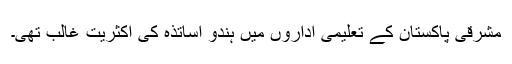
مشرقی پاکستان کے تعلیمی اداروں میں ہندو اساتذہ کی اکثریت غالب تھی۔